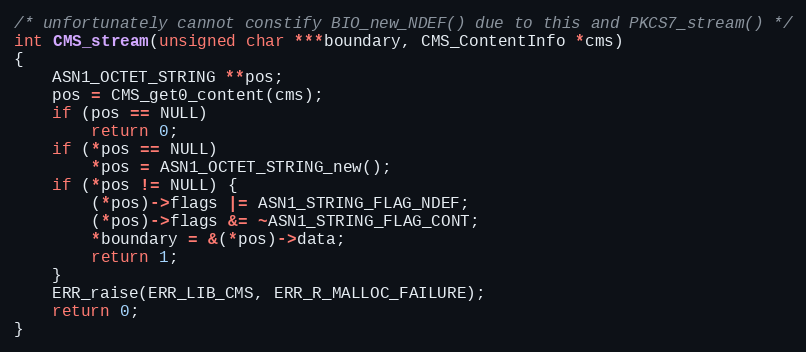
Language: C
/* unfortunately cannot constify BIO_new_NDEF() due to this and PKCS7_stream() */
int CMS_stream(unsigned char ***boundary, CMS_ContentInfo *cms)
{
    ASN1_OCTET_STRING **pos;
    pos = CMS_get0_content(cms);
    if (pos == NULL)
        return 0;
    if (*pos == NULL)
        *pos = ASN1_OCTET_STRING_new();
    if (*pos != NULL) {
        (*pos)->flags |= ASN1_STRING_FLAG_NDEF;
        (*pos)->flags &= ~ASN1_STRING_FLAG_CONT;
        *boundary = &(*pos)->data;
        return 1;
    }
    ERR_raise(ERR_LIB_CMS, ERR_R_MALLOC_FAILURE);
    return 0;
}